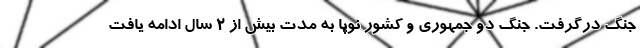
جنگ درگرفت. جنگ دو جمهوری و کشور نوپا به مدت بیش از 2 سال ادامه یافت